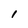
Character: I